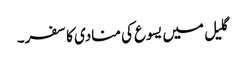
گلیل میں یسوع کی منادی کا سفر۔